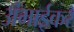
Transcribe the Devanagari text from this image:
अंभाईकर